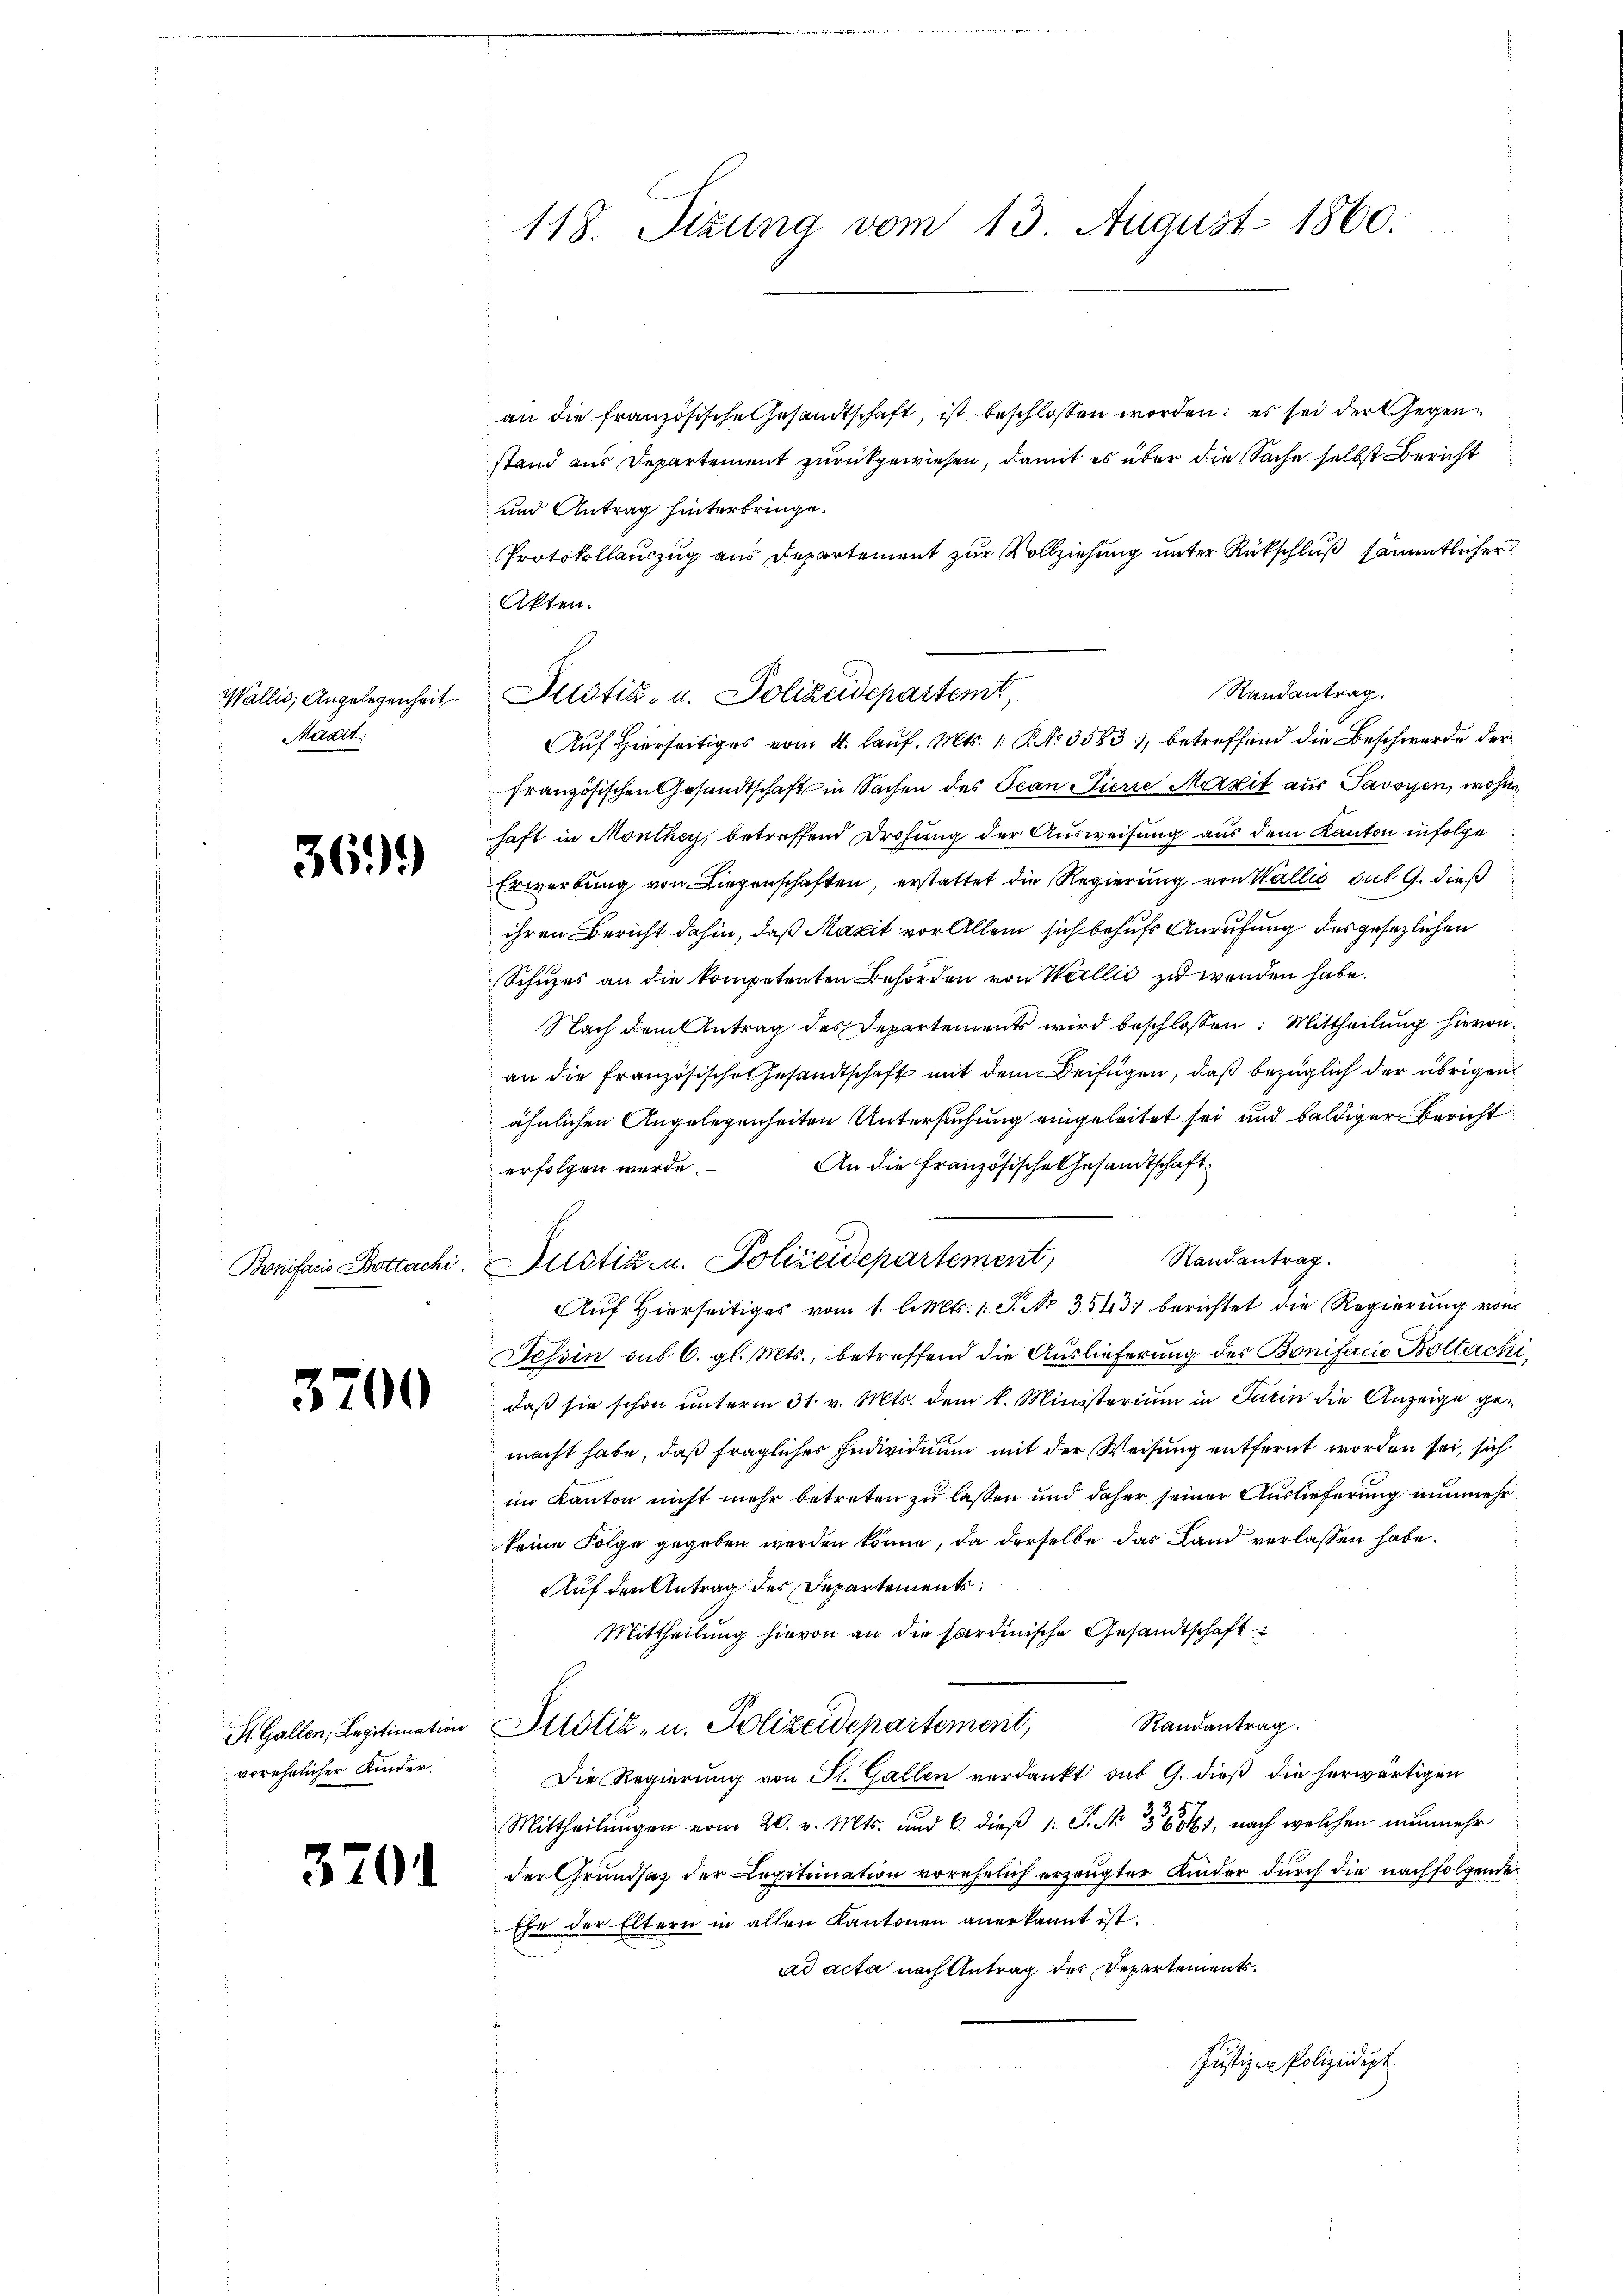
Wallis, Angelegenheit
Waadt,

369

3700

St. Gallen, Legitimation
vorehelicher Kinder.

370

118. Sitzung vom 13. August 1860.

an die französische Gesandtschaft, ist beschlossen worden; es sei der Gegenstand aus Departement zurückgewiesen, damit es über die Sache selbst Bericht
und Antrag hinterbringe.
Protokollauszug aus Departement zur Vollziehung unter Rückschluß sämmtlicher
Akten.
französischen Gesandtschaft in Sachen des Ocan Pierre Marzit aus Savoyen, wohne,
haft in Monthey, betreffend Drohung der Ausweisung aus dem Kanton infolge
Erwerbung von Liegenschaften, erstattet die Regierung von Wallis sub 9. dieß
ihren Bericht dahin, daß Mazit vor Allem sich behufs Anrufung des gesezlichen
Schuzes an die kompetenten Behörden von Wallić zu wenden habe.
Nach dem Antrag des Departements wird beschlossen: Mittheilung hievon
an die französische Gesandtschaft mit dem Beifügen, daß bezüglich der übrigen
ähnlichen Angelegenheiten Untersuchung eingeleitet sei und baldiger Bericht
An die Französische Gesandtschaft
erfolgen werde.
Randantrag.
Bonifacis Bottachi. Justiz- u. Polizeidepartement,
Auf Hierseitiges vom 1. l. Mts. 1. S. Nr. 3513) berichtet die Regierung von
Tessin aus 6. gl. Mts., betreffend die Auslieferung des Bonifacia Bottachi
daß sie schon unterm 31. v. Mts. dem k. Ministerium in Turin die Anzeige gemacht habe, daß fraglicher Individuum mit der Weisung entfernt worden sei, sich
im Kanton nicht mehr betreten zu lassen und daher seiner Auslieferung nunmehrkeine Folge gegeben werden könne, da derselbe das Land verlassen habe.
Auf den Antrag des Departements
Mittheilung hievon an die sardinische Gesandtschaft
Justiz- u. Polizeidepartement, Randantrag.
Die Regierung von St. Gallen verdankt aus G. dieß die herwärtigen
z
Mittheilŭngen vom 20. v. Mts. und 6. dieβ 1: P. No 136041, nach welchen nunmehr
der Grundsaz der Legitimation vorehelich erzeugter Kinder durch die nachfolgende
Ehe der Eltern in allen Kantonen anerkannt ist.
ad acta nach Antrag des Departements.
Justizen Polizeidept.

Randantrag.
Justiz- u. Polizeidepartemt,
Auf Hierseitiges vom 4. lauf. Mts. 1. No 3583, betreffend die Beschwerde der